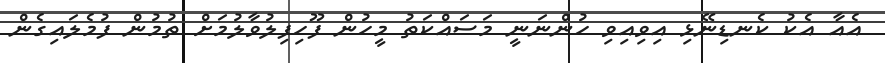
އެއާ އެކު ކެނޑިނޭޅި އިވިއިވި ހުންނަނީ މަސައްކަތު މީހުން ފޫހިފިލުވާލުމަށް ތުމުން ފުމެލައިގެން